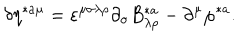
LaTeX: \delta \eta ^ { * a \mu } = \varepsilon ^ { \mu \sigma \lambda \rho } \partial _ { \sigma } B _ { \lambda \rho } ^ { * a } - \partial ^ { \mu } \varphi ^ { * a } .